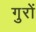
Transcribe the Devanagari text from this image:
गुरों